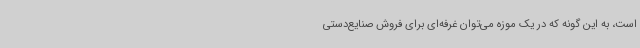
است، به این گونه که در یک موزه می‌توان غرفه‌ای برای فروش صنایع‌دستی